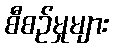
စီစဉ်မှုများ